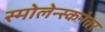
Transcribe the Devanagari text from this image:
स्मोलेन्स्कनंतर